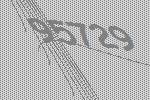
95729